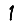
Digit: 1